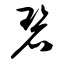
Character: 碧